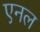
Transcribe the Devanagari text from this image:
एनल